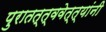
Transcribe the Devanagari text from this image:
पुरातत्त्ववेत्त्यांनी